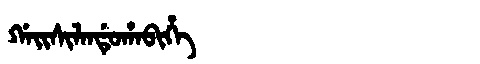
Manchu: ᡤᠠᡳᠰᡳᠯᠠᠨᡩᡠᡥᠠᠪᡳᡥᡝ
Romanization: GAISILANDUHABIHE